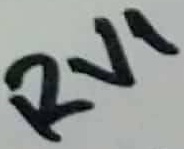
Text: RV1